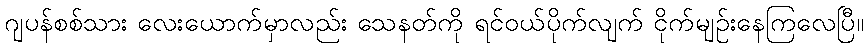
ဂျပန်စစ်သား လေးယောက်မှာလည်း သေနတ်ကို ရင်ဝယ်ပိုက်လျက် ငိုက်မျဉ်းနေကြလေပြီ။